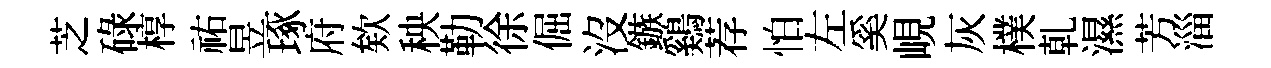
芝碌椁祐昱琢府欸秧勒徐倔沒鏃鷄荐怕左奚峴灰樸乹濕芳淄